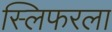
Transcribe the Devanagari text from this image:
स्लिफरला